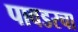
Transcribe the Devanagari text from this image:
पावडरचा